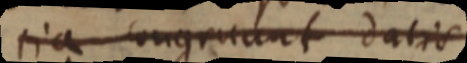
tia congruunt datis